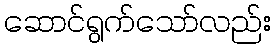
ဆောင်ရွက်သော်လည်း